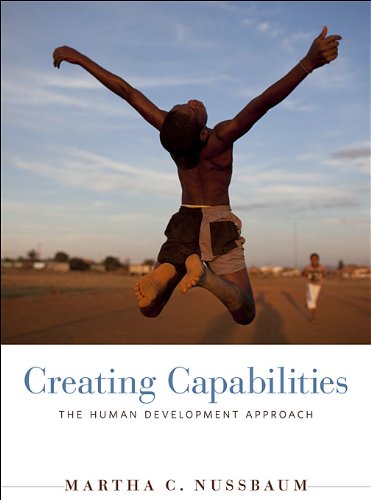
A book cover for Creating Capabilities: The Human Development Approach; Martha C. Nussbaum; Law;